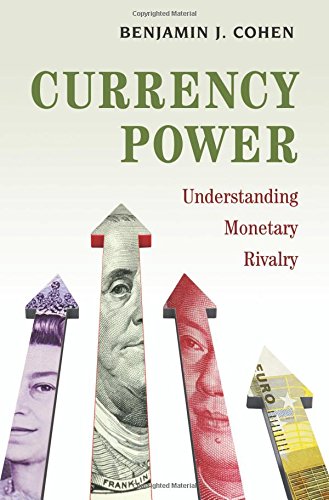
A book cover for Currency Power: Understanding Monetary Rivalry; Benjamin J. Cohen; Business & Money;